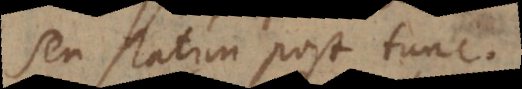
seu statim post tunc.